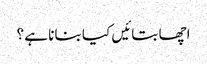
اچھا بتائیں کیا بنانا ہے ؟